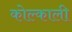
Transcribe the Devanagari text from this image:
कोल्काली